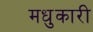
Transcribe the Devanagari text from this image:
मधुकारी